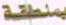
بمنطقة